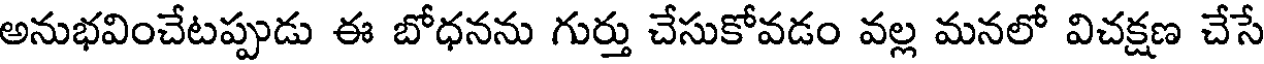
అనుభవించేటప్పుడు ఈ బోధనను గుర్తు చేసుకోవడం వల్ల మనలో విచక్షణ చేసే